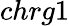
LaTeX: chrg1